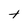
Character: t